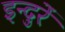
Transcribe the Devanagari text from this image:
इन्दुरें